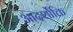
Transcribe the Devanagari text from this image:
आदर्शोक्ति